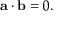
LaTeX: \mathbf { a } \cdot \mathbf { b } = 0 .